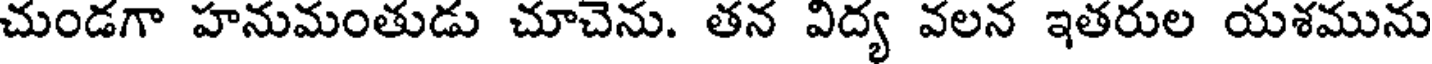
చుండగా హనుమంతుడు చూచెను. తన విద్య వలన ఇతరుల యశమును